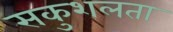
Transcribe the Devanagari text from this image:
सकुशलता